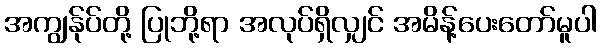
အကျွန်ုပ်တို့ ပြုဘို့ရာ အလုပ်ရှိလျှင် အမိန့်ပေးတော်မူပါ